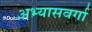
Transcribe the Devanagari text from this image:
अभ्यासवर्गा